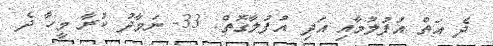
ދެ އަތް އުފުލުމާއި އަދި އުފުލާގޮތް: 33- ނަމާދު ކުރާ މީހާ ދެ